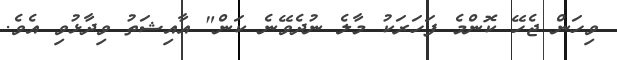
ވިހަން ޖެހޭ ކޮންމެ ފަހަރަކު މާލެ ނުދެވޭނެ ކަން" އާއިޝަތު ވިދާޅުވި އެވެ.